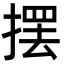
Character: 摆